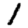
Digit: 1